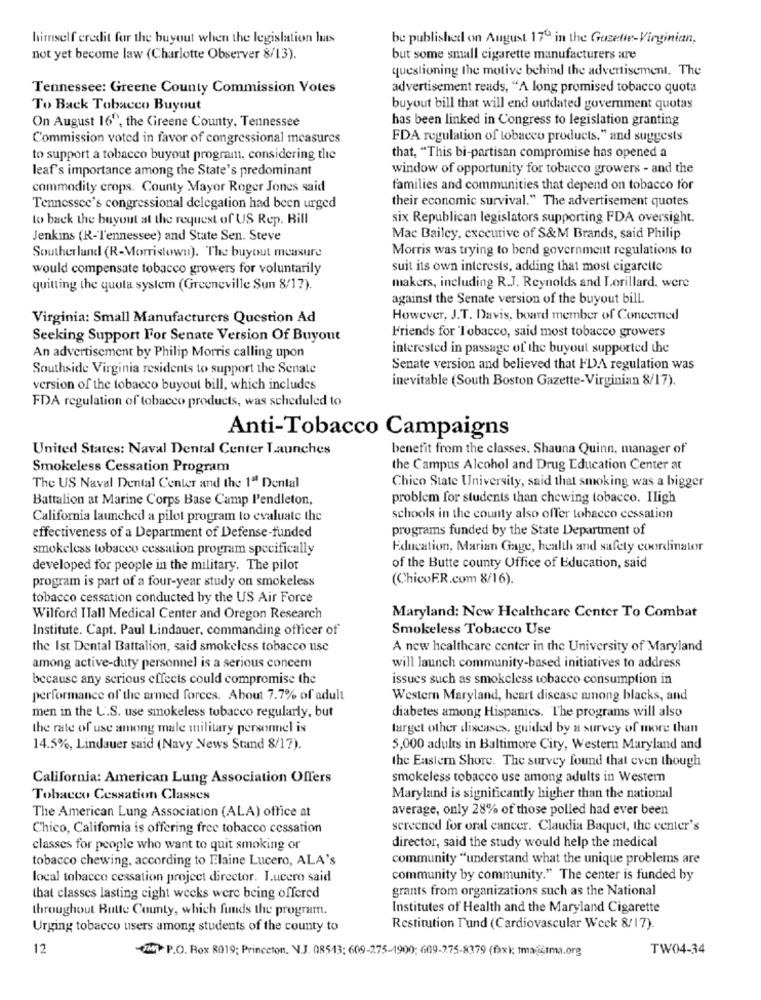
himself credit for the buyout when the legislation las
be published on August 170 in the Guzette-Virginian,
not yet become law (Charlotte Observer 8/13).
but some small cigarette manufacturers are
questioning the motive behind the advertisement. The
Tennessee: Greene County Commission Votes
advertisement reads, "A long promised tobacco quota
To Back Tobacco Buyout
buyout bill that will end outdated government quotas
has been linked in Congress to legislation granting
On August 16", the Greene County, Tennessee
Commission voted in favor of congressional measures
FDA regulation of tobacco products, " and suggests
to support a tobacco buyout program, considering the
that, "This bi-partisan compromise has opened a
leaf's importance among the State's predominant
window of opportunity for tobacco growers - and the
commodity crops. County Mayor Roger Jones said
families and communities that depend on tobacco for
their economic survival." The advertisement quotes
Tennessee's congressional delegation had been urged
to back the buyout at the request of US Rep. Bill
six Republican legislators supporting FDA oversight.
Jenkins (R-Tennessee) and State Sen. Steve
Mac Bailey, executive of S&M Brands, said Philip
Morris was trying to bend government regulations to
Southerland (R-Morristown). The buyout measure
would compensate tobacco growers for voluntarily
suit its own interests, adding that most cigarette
quitting the quota system (Greeneville Sun 8/17).
makers, including R.J. Reynolds and Lorillard. were
against the Senate version of the buyout bill.
Virginia: Small Manufacturers Question Ad
However, J.T. Davis, board member of Concerned
Seeking Support For Senate Version Of Buyout
Friends for Tobacco, said most tobacco growers
interested in passage of the buyout supported the
An advertisement by Philip Morris calling upon
Southside Virginia residents to support the Senate
Senate version and believed that FDA regulation was
inevitable (South Boston Gazette-Virginian 8/17).
version of the tobacco buyout bill, which includes
FDA regulation of tobacco products, was scheduled to
Anti-Tobacco Campaigns
United States: Naval Dental Center Launches
benefit from the classes. Shauna Quinn, manager of
Smokeless Cessation Program
the Campus Alcohol and Drug Education Center at
The US Naval Dental Center and the 1ª Dental
Chico State University, said that smoking was a bigger
Battalion at Marine Corps Base Camp l'endleton,
problem for students than chewing tobacco. Iligh
California launched a pilot program to evaluate the
schools in the county also offer tobacco cessation
programs funded by the State Department of
effectiveness of a Department of Defense-funded
smokeless tobacco cessation program specifically
Education, Marian Gage, health and safety coordinator
developed for people in the military. The pilot
of the Butte county Office of Education, said
program is part of a four-year study on smokeless
(ChicoF.R.com 8/16).
tobacco cessation conducted by the US Air Force
Maryland: New Healthcare Center To Combat
Wilford ITall Medical Center and Oregon Research
Institute. Capt. Paul Lindauer, commanding officer of
Smokeless Tobacco Use
the Ist Dental Battalion, said smokeless tobacco use
A new healthcare center in the University of Maryland
among active-duty personnel is a serious concem
will launch community-based initiatives to address
because any serious effects could compromise the
issues such as smokeless tobacco consumption in
performance of the armed forces. About 7.7% of adult
Western Maryland, heart disease among blacks, and
diabetes among Hispanics. The programs will also
men in the U.S. use smokeless tobacco regularly, but
the rate of use among male military personnel is
target other diseases, guided by a survey of more than
14.5%, Lindauer said (Navy News Stand 8/17).
5,000 adults in Baltimore City, Western Maryland and
the Eastern Shore. The survey found that even though
California: American Lung Association Offers
smokeless tobacco use among adults in Western
Tobacco Cessation Classes
Maryland is significantly higher than the national
The American Lung Association (ALA) office at
average, only 28% of those polled had ever been
Chico, California is offering free tobacco cessation
screened for oral cancer. Claudia Baquet, the center's
classes for people who want to quit smoking or
director, said the study would help the medical
tobacco chewing, according to Elaine Lucero, ALA's
community "understand what the unique problems are
local tobacco cessation project director. I.ucero said
community by community." The center is funded by
grants from organizations such as the National
that classes lasting eight weeks were being offered
throughout Butte County, which funds the program.
Institutes of Health and the Maryland Cigarette
Urging tobacco users among students of the county to
Restitution Tund (Cardiovascular Week 8/17).
12
UTM P.O. Box 8019; Princeton. N.J. 08543; 609-275-1900; 609-275-8379 (faxk tmaatma.org
TW04-34